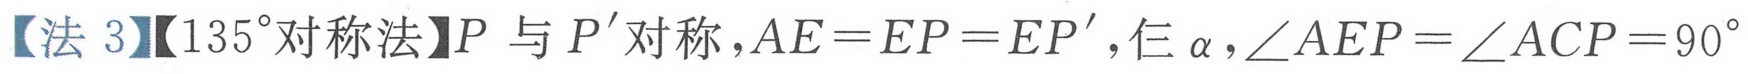
【法 3】【\(135^{\circ}\)对称法】\(P\) 与 \(P'\)对称，\(AE = EP=EP'\)，仨 \(\alpha\)，\(\angle AEP=\angle ACP = 90^{\circ}\)